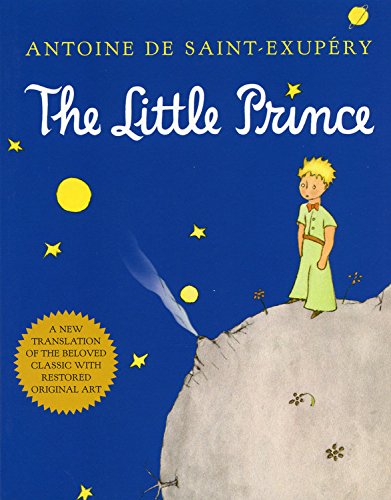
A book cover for The Little Prince; Antoine de Saint-ExupÃ©ry; Children's Books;